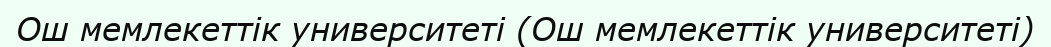
Ош мемлекеттік университеті (Ош мемлекеттік университеті)